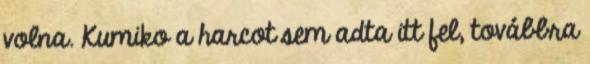
volna. Kumiko a harcot sem adta itt fel, továbbra